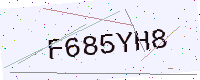
Text: F685YH8